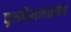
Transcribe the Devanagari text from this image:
पृथ्वीराजप्रबंध